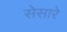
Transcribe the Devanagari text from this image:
सेसारे